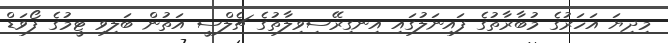
މިދިޔަ އަހަރުގެ މުބާރާތުގެ ފައިނަލުގައި އިނގިރޭސިވިލާތުގެ ޗެލްސީ އަތުން ބަލިވި ޓީމުގެ ފޯވަޑް